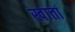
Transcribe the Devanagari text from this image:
खातां